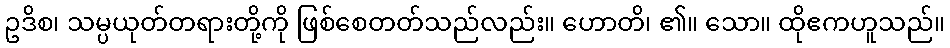
ဥဒိစ၊ သမ္ပယုတ်တရားတို့ကို ဖြစ်စေတတ်သည်လည်း။ ဟောတိ၊ ၏။ သော။ ထိုဧကဟူသည်။